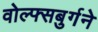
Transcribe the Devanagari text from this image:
वोल्फ्सबुर्गने